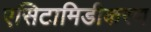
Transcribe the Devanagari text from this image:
एसिटामिडीकरण